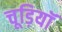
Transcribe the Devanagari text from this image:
चूड़ियॉ